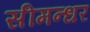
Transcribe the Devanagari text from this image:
सीमन्धर